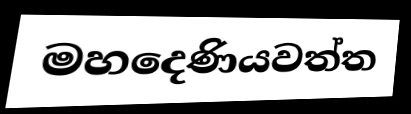
මහදෙණියවත්ත